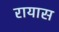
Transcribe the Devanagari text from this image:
रायास